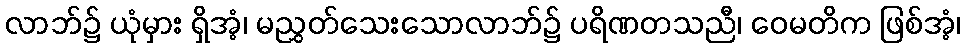
လာဘ်၌ ယုံမှား ရှိအံ့၊ မညွှတ်သေးသောလာဘ်၌ ပရိဏတသညီ၊ ဝေမတိက ဖြစ်အံ့၊